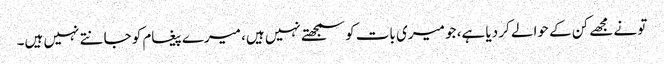
تو نے مجھے کن کے حوالے کر دیا ہے، جو میری بات کو سمجھتے نہیں ہیں، میرے پیغام کو جانتے نہیں ہیں۔